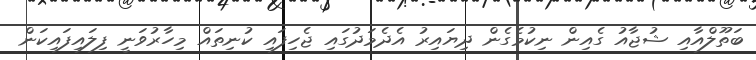
ބަތޫލްއާއި ޝުޖާއު ގެއިން ނިކުމެގެން ދިޔައިރު އެދެމަދުގައި ޖެހިފައި ކުނިތައް މިހާރުވަނީ ފިލައިފައިކަން